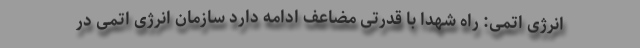
انرژی اتمی: راه شهدا با قدرتی مضاعف ادامه دارد سازمان انرژی اتمی در